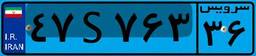
۷۵S۶۹۱۳۸